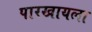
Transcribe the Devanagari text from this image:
पारखायला